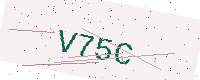
Text: V75C